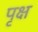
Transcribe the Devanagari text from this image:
पृक्ष